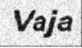
Vaja